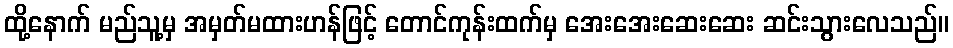
ထို့နောက် မည်သူ့မှ အမှတ်မထားဟန်ဖြင့် တောင်ကုန်းထက်မှ အေးအေးဆေးဆေး ဆင်းသွားလေသည်။